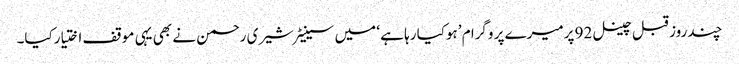
چند روز قبل چینل 92 پرمیرے پر وگرا م ’ہوکیا رہا ہے ‘ میں سینیٹرشیری رحمن نے بھی یہی موقف اختیارکیا۔